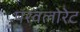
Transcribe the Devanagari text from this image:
परवलोरेट